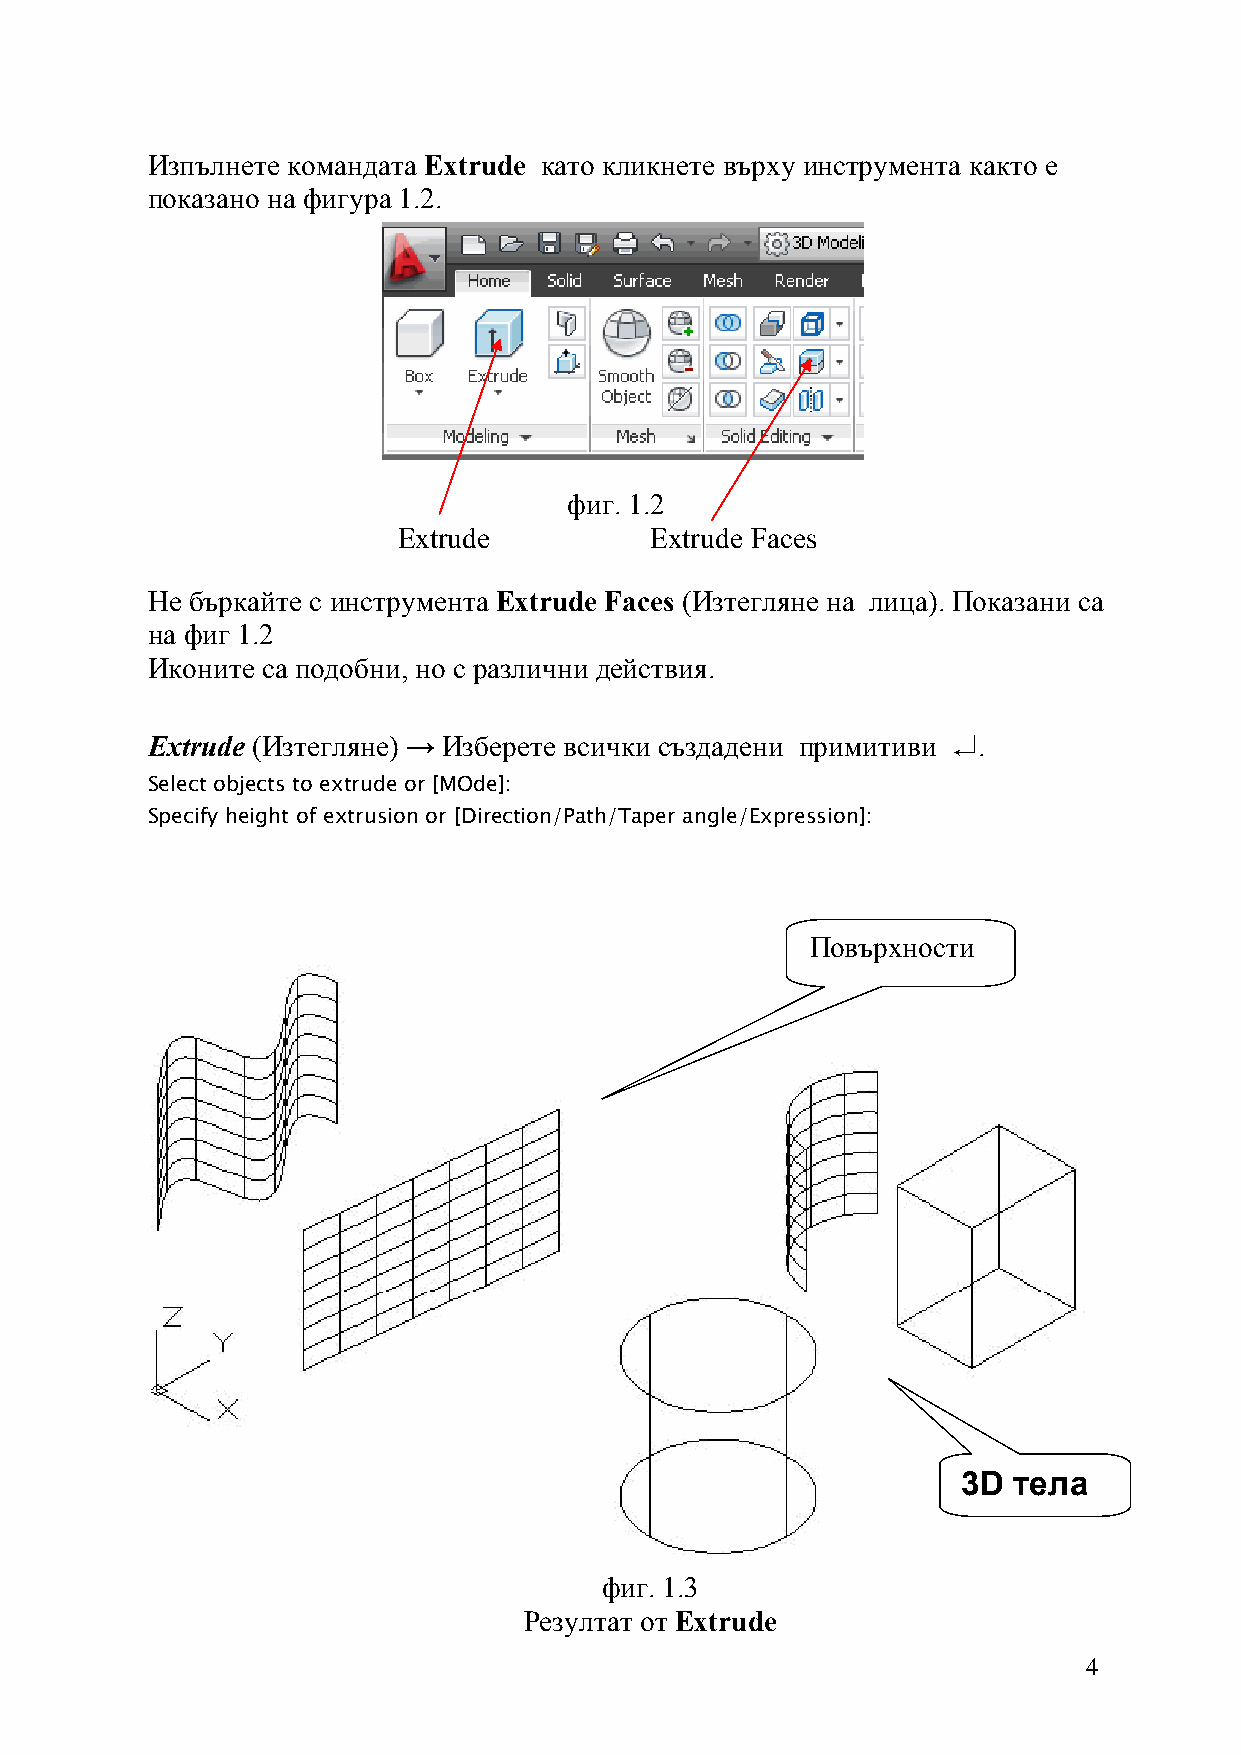
Изпълнете командата Extrude като кликнете върху инструмента както е
 показано на фигура 1.2.
 фиг. 1.2
 Extrude          Extrude Faces
 Не бъркайте с инструмента Extrude Faces (Изтегляне на лица). Показани са
 на фиг 1.2
 Иконите са подобни, но с различни действия.
 Extrude (Изтегляне) → Изберете всички създадени примитиви .
 ↵
 Select objects to extrude or [MOde]:
 Specify height of extrusion or [Direction/Path/Taper angle/Expression]:
 Повърхности
 3D тела
 фиг. 1.3
 Резултат от Extrude
 4